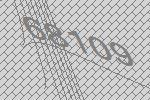
68109